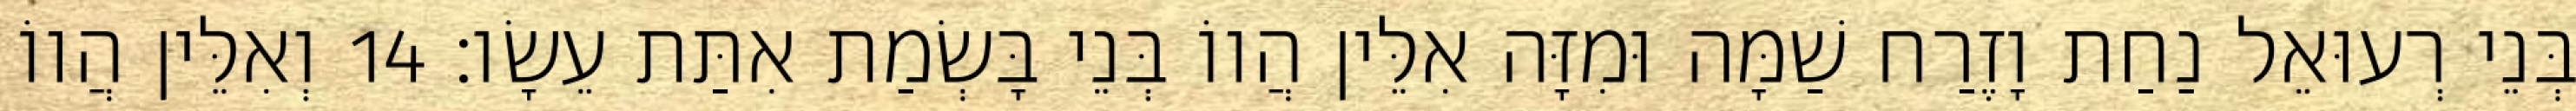
בְּנֵי רְעוּאֵל נַחַת וָזֶרַח שַׁמָּה וּמִזָּה אִלֵּין הֲווֹ בְּנֵי בָּשְׂמַת אִתַּת עֵשָׂו׃ 14 וְאִלֵּין הֲווֹ